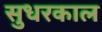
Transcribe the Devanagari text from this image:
सुधरकाल